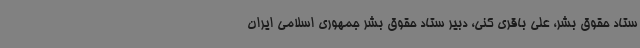
ستاد حقوق بشر، علی باقری کنی، دبیر ستاد حقوق بشر جمهوری اسلامی ایران